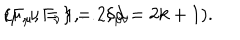
LaTeX: \{ \Gamma _ { \mu } , \Gamma _ { \nu } \} = 2 \delta _ { \mu \nu } \hspace { 0 . 2 c m } ( \mu , \nu = 1 , \ldots , d = 2 k + 1 ) .